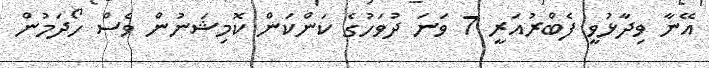
އޭނާ ވިދާޅުވީ ފެބްރުއަރީ 7 ވަނަ ދުވަހުގެ ކަންކަން ކޮމިޝަނުން ވެސް ހޯދަމުން